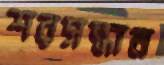
শরসন্ধান